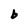
Character: b